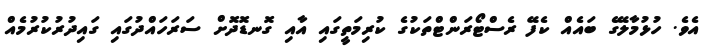
އެވެ. ހުޅުމާލޭގެ ބައެއް ކެފޭ ރެސްޓޯރަންޓްތަކުގެ ކުރިމަތީގައި އާއި ގޮނޑޮދޮށް ސަރަހައްދުގައި ގައިދުރުކުރުމެއް